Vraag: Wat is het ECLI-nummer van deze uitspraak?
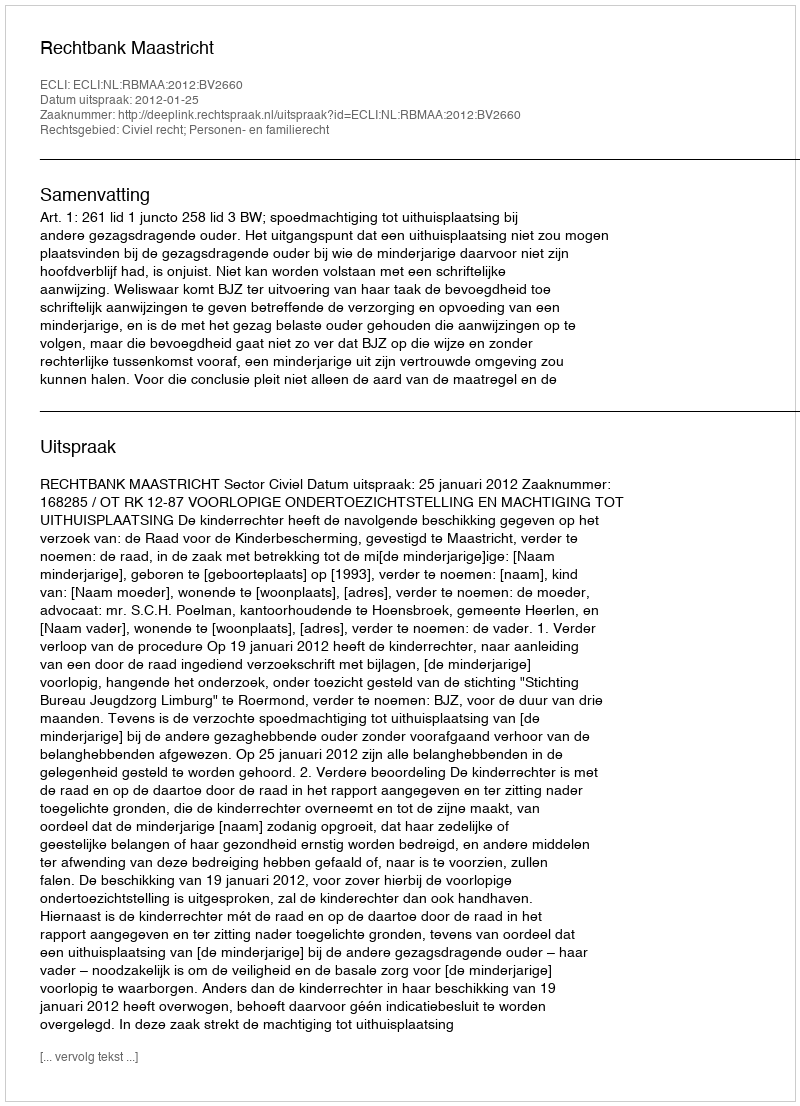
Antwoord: ECLI:NL:RBMAA:2012:BV2660